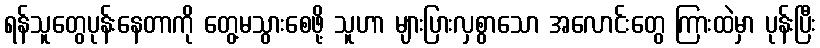
ရန်သူတွေပုန်းနေတာကို တွေ့မသွားစေဖို့ သူဟာ များပြားလှစွာသော အလောင်းတွေ ကြားထဲမှာ ပုန်းပြီး